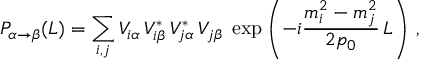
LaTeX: { \cal P } _ { \alpha \to \beta } ( L ) = \sum _ { i , j } V _ { i \alpha } \, V _ { i \beta } ^ { * } \, V _ { j \alpha } ^ { * } \, V _ { j \beta } \; \exp \left( - i \frac { m _ { i } ^ { 2 } - m _ { j } ^ { 2 } } { 2 p _ { 0 } } \, L \right) \, ,